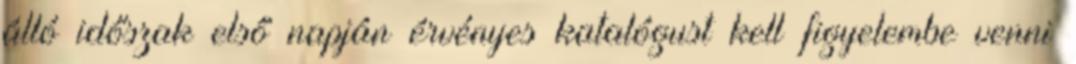
álló időszak első napján érvényes katalógust kell figyelembe venni